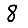
Digit: 8